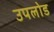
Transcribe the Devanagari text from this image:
उपलोड